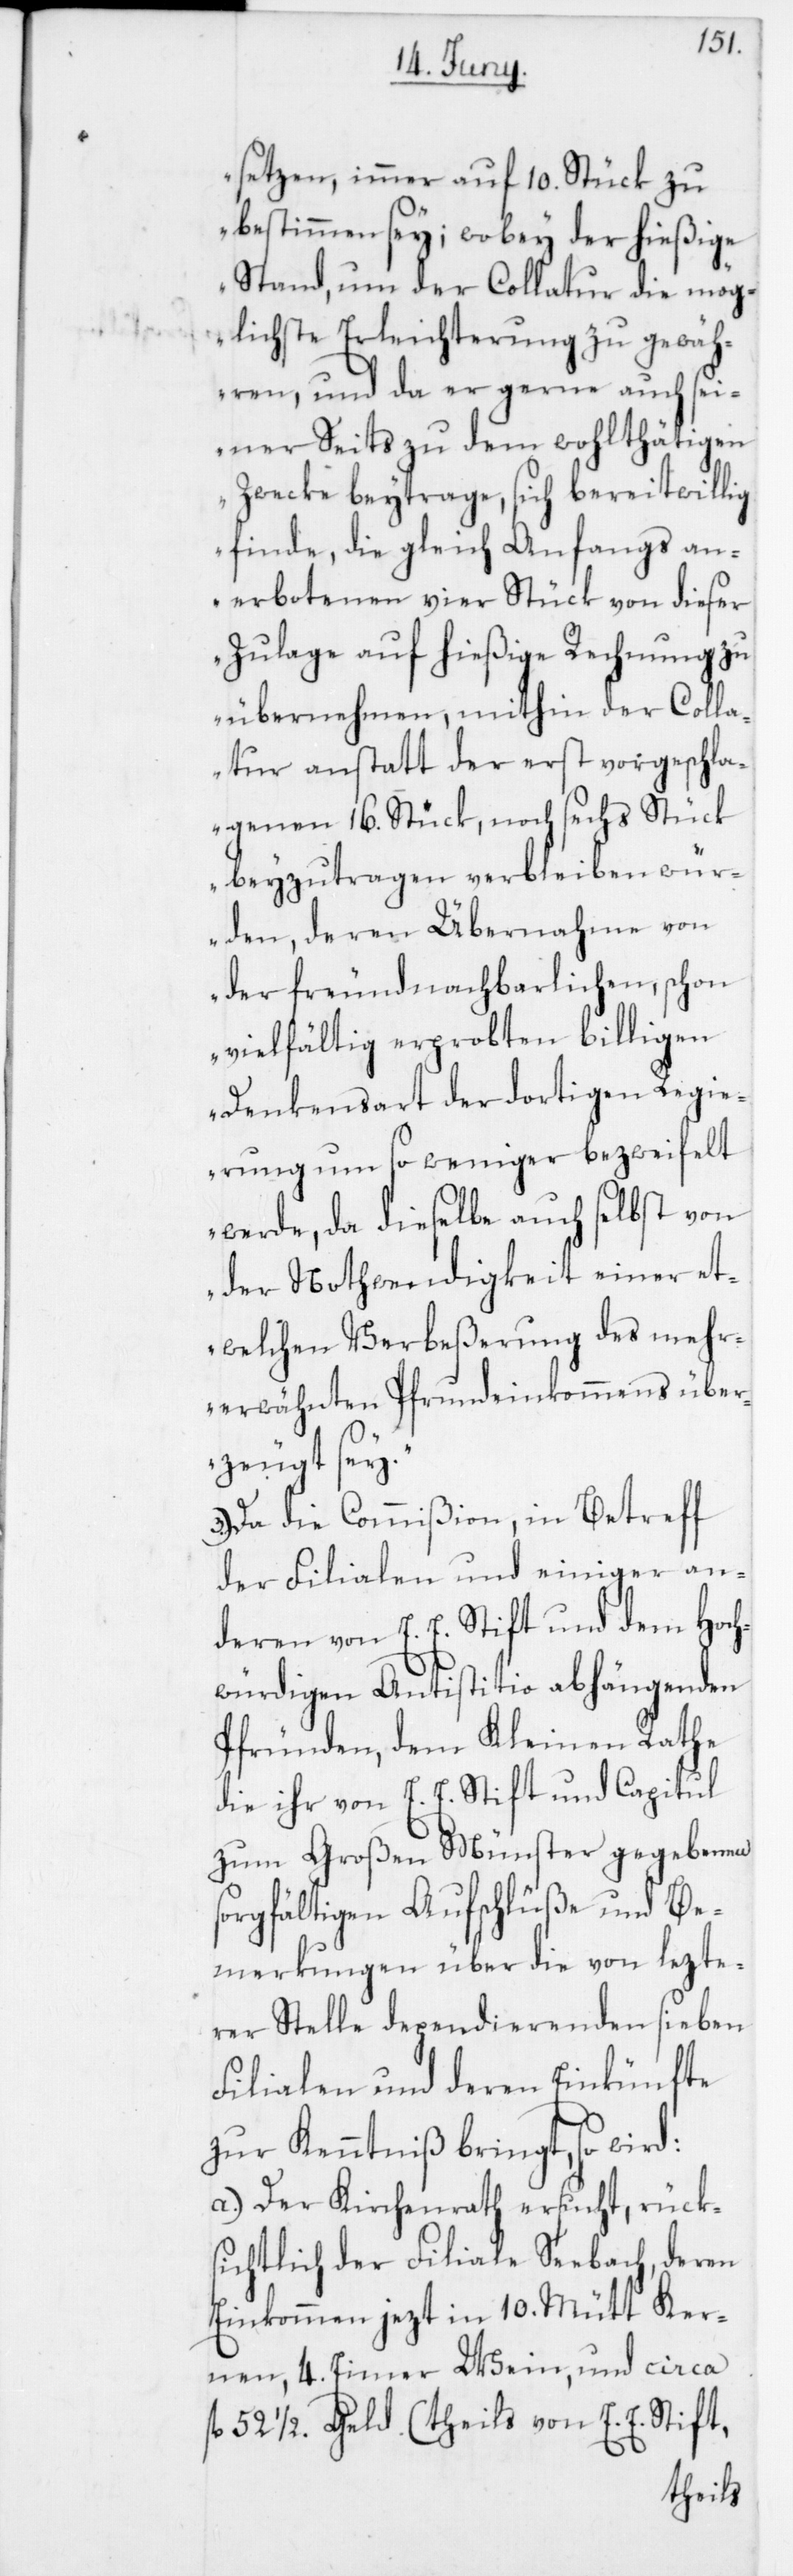
setzen, immer auf 10. Stück zu
bestimmen sey; wobey der hießige
Stand, um der Collatur die mög¬
lichste Erleichterung zu gewäh¬
ren, und da er gerne auch sei¬
ner Seits zu dem wohlthätigen
Zwecke beytrage, sich bereitwillig
finde, die gleich Anfangs an¬
erbotenen vier Stück von dieser
Zulage auf hießige Rechnung zu
übernehmen, mithin der Colla¬
tur anstatt der erst vorgeschla¬
genen 16. Stück, noch sechs Stück
beyzutragen verbleiben wür¬
den, deren Übernahme von
der freundnachbarlichen, schon
vielfältig erprobten billigen
Denkensart der dortigen Regie¬
rung um so weniger bezweifelt
werde, da dieselbe auch selbst von
der Nothwendigkeit einer et¬
welchen Verbeßerung des mehr¬
erwähnten Pfrundeinkommens über¬
zeugt sey.“
3. Da die Commißion, in Betreff
der Filialen und einiger an¬
deren von E. E. Stift und dem Hoch¬
würdigen Antistitio abhängenden
Pfründen, dem Kleinen Rathe
die ihr von E. E. Stift und Capitul
zum Großen Münster gegebenen
sorgfältigen Aufschlüße und Be¬
merkungen über die von lezte¬
rer Stelle dependierenden sieben
Filialen und deren Einkünfte
zur Kenntniß bringt, so wird:
a) Der Kirchenrath ersucht, rück¬
sichtlich der Filiale Seebach, deren
Einkommen jezt in 10. Mütt Ker¬
nen, 4. Eimer Wein und circa
fl 52 1/2. Geld (theils von E. E. Stift,